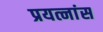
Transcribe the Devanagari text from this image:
प्रयत्नांस